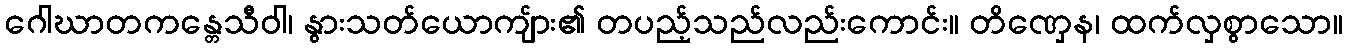
ဂေါဃာတကန္တေသီဝါ၊ နွားသတ်ယောကျ်ား၏ တပည့်သည်လည်းကောင်း။ တိဏှေန၊ ထက်လှစွာသော။